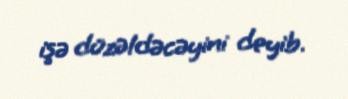
işə düzəldəcəyini deyib.